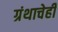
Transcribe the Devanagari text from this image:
ग्रंथाचेही